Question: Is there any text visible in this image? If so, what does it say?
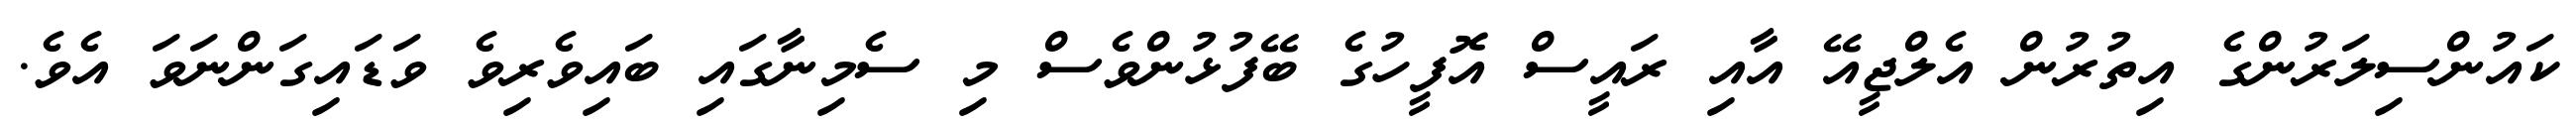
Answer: ކައުންސިލަރުންގެ އިތުރުން އެލްޖީއޭ އާއި ރައީސް އޮފީހުގެ ބޭފުޅުންވެސް މި ސެމިނާގައި ބައިވެރިވެ ވަޑައިގަންނަވަ އެވެ.